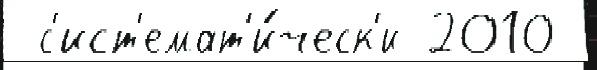
 с'ист'емат'и́ческ'и 2010